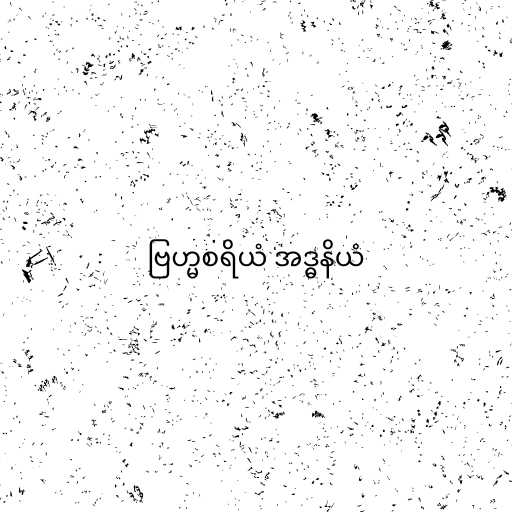
ဗြဟ္မစရိယံ အဒ္ဓနိယံ